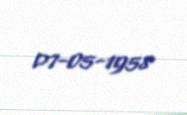
07-05-1958